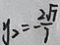
y _ { 2 } = - \frac { 2 \sqrt { 7 } } { 7 }